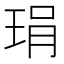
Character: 琄